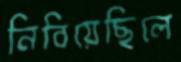
নিবিয়েছিলে